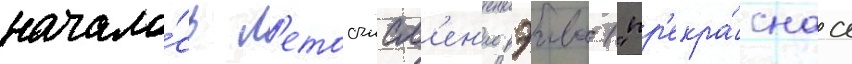
начало́сь л'етосчисл'ен'ие рэива ("пр'екра́снаа